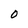
Character: O